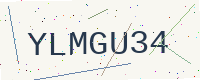
Text: YLMGU34